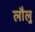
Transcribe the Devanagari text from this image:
लौलु